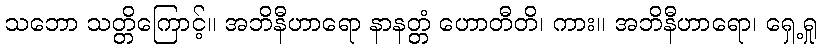
သဘော သတ္တိကြောင့်။ အဘိနီဟာရော နာနတ္တံ ဟောတီတိ၊ ကား။ အဘိနီဟာရော၊ ရှေ့ရှု